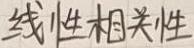
线性相关性